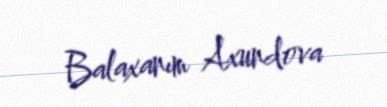
Balaxanım Axundova